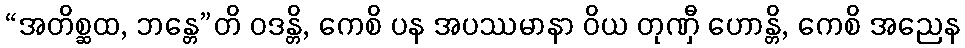
“အတိစ္ဆထ, ဘန္တေ”တိ ဝဒန္တိ, ကေစိ ပန အပဿမာနာ ဝိယ တုဏှီ ဟောန္တိ, ကေစိ အညေန